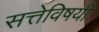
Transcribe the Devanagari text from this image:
सत्तेविषयी